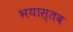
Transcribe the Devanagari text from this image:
भयास्तव